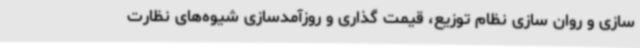
سازی و روان سازی نظام توزیع، قیمت گذاری و روزآمدسازی شیوه‌های نظارت